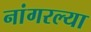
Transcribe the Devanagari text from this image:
नांगरल्या